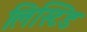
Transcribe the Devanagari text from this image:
लिस्टिड